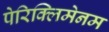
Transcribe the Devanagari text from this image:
पेरिक्लिमेनम